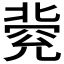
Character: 𠤥